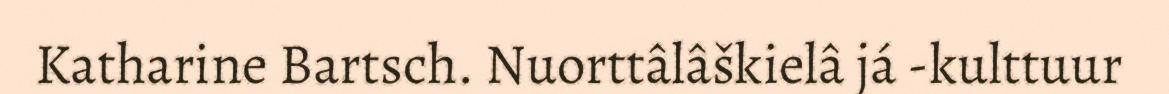
Katharine Bartsch. Nuorttâlâškielâ já -kulttuur